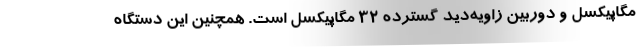
مگاپیکسل و دوربین زاویه‌دید گسترده 32 مگاپیکسل است. همچنین این دستگاه